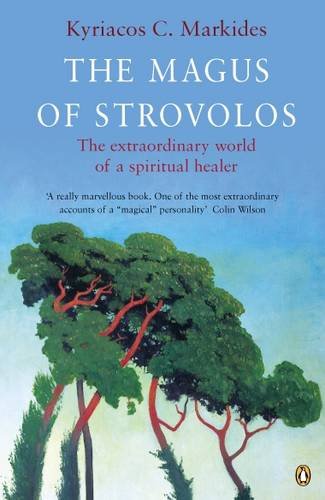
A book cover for The Magus of Strovolos: The Extraordinary World of a Spiritual Healer (Compass); Kyriacos C. Markides; Religion & Spirituality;